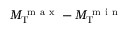
M _ { \mathrm { T } } ^ { \mathrm { ~ m ~ a ~ x ~ } } - M _ { \mathrm { T } } ^ { \mathrm { ~ m ~ i ~ n ~ } }